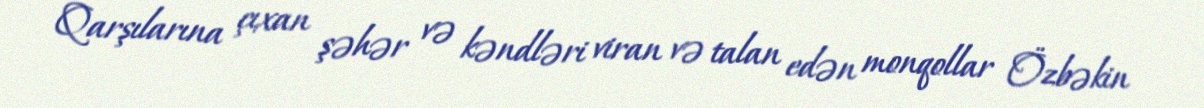
Qarşılarına çıxan şəhər və kəndləri viran və talan edən monqollar Özbəkin